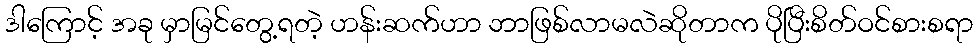
ဒါကြောင့် အခု မှာမြင်တွေ့ရတဲ့ ဟန်းဆက်ဟာ ဘာဖြစ်လာမလဲဆိုတာက ပိုပြီးစိတ်ဝင်စားစရာ